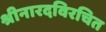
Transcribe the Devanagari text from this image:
श्रीनारदविरचित